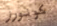
كونورز